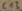
Text: C13